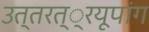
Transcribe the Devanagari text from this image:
उत्तरत््रयूपांग